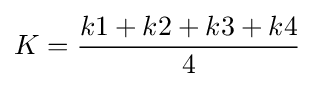
K={\frac {k1+k2+k3+k4}{4}}